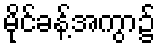
မိုင်ခန့်အကွာ၌